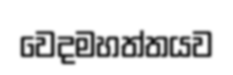
වෙදමහත්තයව